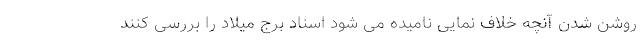
روشن شدن آنچه خلاف نمایی نامیده می شود اسناد برج میلاد را بررسی کنند